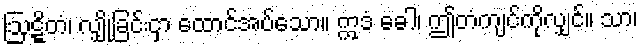
ဩဋ္ဋိတံ၊ လျှိုခြင်းငှာ ထောင်အပ်သော။ ဣဒံ ခေါ၊ ဤတံကျင်ကိုလျှင်။ သာ၊